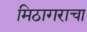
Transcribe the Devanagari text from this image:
मिठागराचा